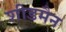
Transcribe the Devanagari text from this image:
शीडमैन